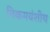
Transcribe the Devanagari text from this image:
निकमवंशीय